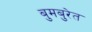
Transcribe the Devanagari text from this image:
बुमबुरेत